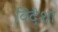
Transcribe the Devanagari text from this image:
विदेशा